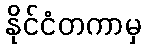
နိုင်ငံတကာမှ